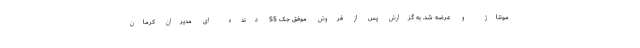
مونتاژ و عرضه شد. به گزارش پس از فروش موفق جک S5 دنده ای مدیران کرمان